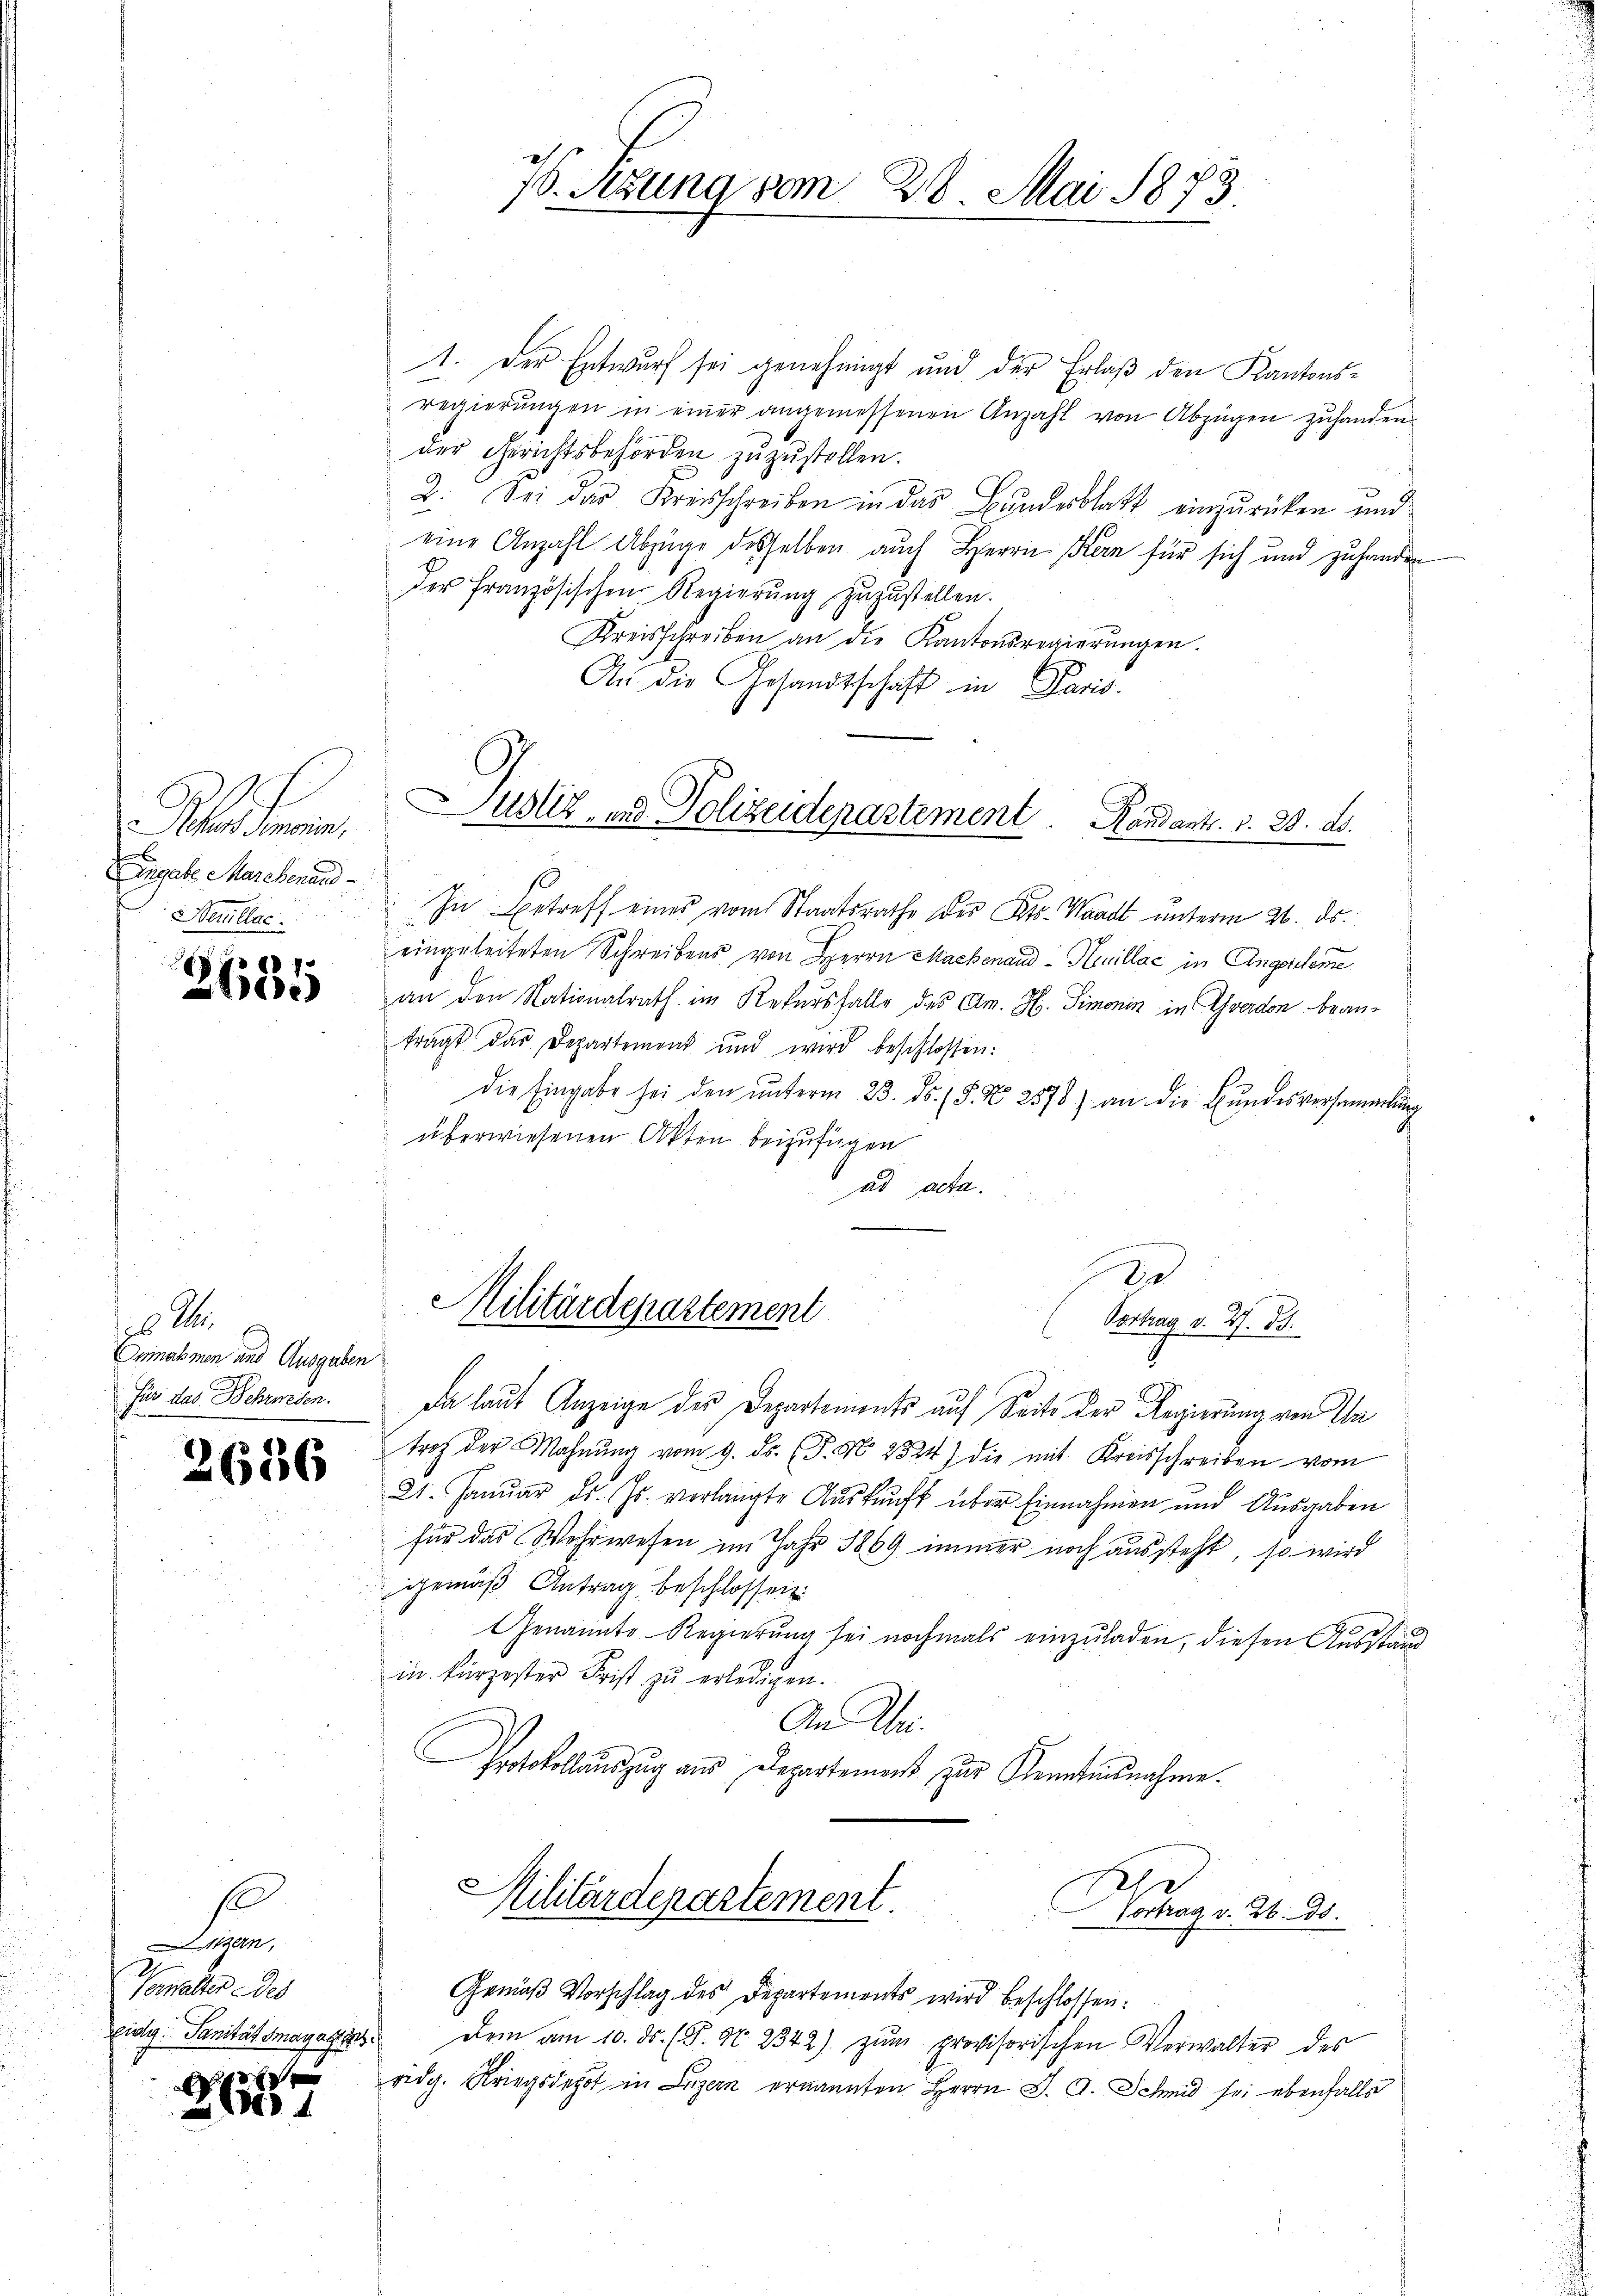
ardan
C
Angabe Marchenand
u
Neuillac

4
e)

16 M
Annahmen und Ausgaben
Für das Behrwesen.

2686

s

tzern,
Verwalter des
Eidg. Sanität Smayafliss

8
)
 2800

f

s

W. Sitzung vom 28. Mai 1873.

1. Der Entwurf sei genehmigt und der Erlaß den Kantonsregierŭngen in einer angemessenen Anzahl von Abzügen zŭhanden
der Gerichtsbehörden zuzustellen.
2. Sei der Kreisschreiben in das Bundesblatt einzurücken und
eine Anzahl Abzüge desselben auch Herrn Kern für sich und zuhanden
der französischen Regierŭng zuzustellen.
Kreisschreiben an die Kantonsregierŭngen.
An die Gesandtschaft in Paris.
Justiz- und Polizeidepartement. Randants. v. 23. d.
In Betreff eines vom Staatsrathe des Kts. Waadt unterm 21. ds.
eingeleiteten Schreibens von Herrn Machenaud - Heuillac in Angeseleme
an den Nationalrath im Rekursfalle des Am. H. Simonin in verdon beanträgt das Departement und wird beschlossen:
die Eingabe sei den ŭnterm 23. ds. (§. No. 2578) an die Bŭndesversammlung
überwiesenen Akten beizufügen
ad acta.
s

Militärdepartement

De
Vortrag v. 27. ds.

Da laut Anzeige des Departements auf Seits der Regierung von Un
trotz der Mahnŭng vom 9. ds. (T. N. 2824) die mit Kreisschreiben vom
21. Januar d. Js. verlangte Auskunft über Einnahmen und Ausgaben
für das Wehrwesen im Jahr 1869 immer noch aussteht, so wird
gemäß Antrag beschlossen:
Genannte Regierung sei nochmals einzuladen, diesen Ausstänin kürzester Frist zu erledigen.
An Wei¬
Protokollauszug aus Departemens zur Kenntnisnahme.
Militärdepartement
gr. S. 23.
Gemäß Vorschlag des Departements wird beschlossen:
dem am 10. ds. (T. G. 2342) zŭm provisorischen Verwalter des
eidg. Kriegsdepot in Luzern ernannten Herrn J. A. Schmid sei ebenfalls